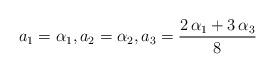
LaTeX: \begin{align*}a_1=\alpha_1, a_2=\alpha_2, {a_3} =\frac{2\,\alpha_1+3\,\alpha_3}{8}\end{align*}